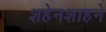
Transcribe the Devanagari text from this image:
शहेनशाहने